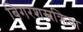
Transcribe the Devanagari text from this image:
बिगरशस्त्रक्रिया